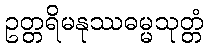
ဥတ္တရိမနုဿဓမ္မသုတ္တံ